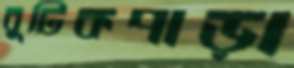
বুটিকপাড়া